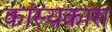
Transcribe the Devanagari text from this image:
कांस्यकारा